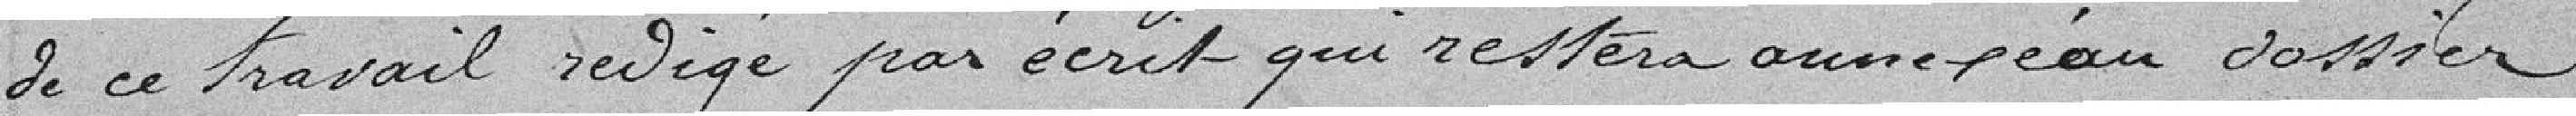
de ce travail rédigé par écrit qui restera annexé au dossier